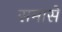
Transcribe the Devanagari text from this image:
समासे